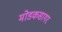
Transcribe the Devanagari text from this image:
मोडकसागर